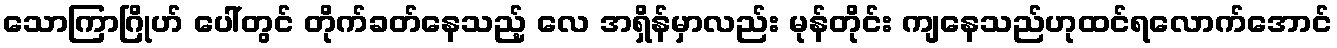
သောကြာဂြိုဟ် ပေါ်တွင် တိုက်ခတ်နေသည့် လေ အရှိန်မှာလည်း မုန်တိုင်း ကျနေသည်ဟုထင်ရလောက်အောင်